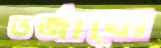
তর্জাবো